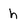
Character: h